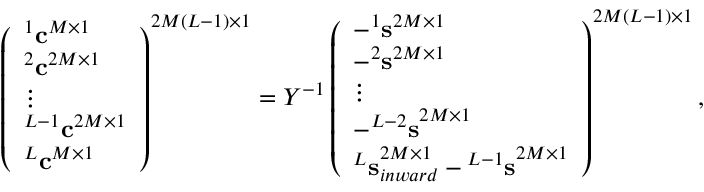
\begin{array} { r } { \left( \begin{array} { l } { ^ 1 { \bf c } ^ { M \times 1 } } \\ { ^ 2 { \bf c } ^ { 2 M \times 1 } } \\ { \vdots } \\ { ^ { L - 1 } { \bf c } ^ { 2 M \times 1 } } \\ { ^ { L } { \bf c } ^ { M \times 1 } } \end{array} \right) ^ { 2 M ( L - 1 ) \times 1 } = { \cal Y } ^ { - 1 } \left( \begin{array} { l } { - ^ { 1 } { \bf s } ^ { 2 M \times 1 } } \\ { - ^ { 2 } { \bf s } ^ { 2 M \times 1 } } \\ { \vdots } \\ { - { ^ { L - 2 } { \bf s } } ^ { 2 M \times 1 } } \\ { { ^ L { \bf s } } _ { i n w a r d } ^ { 2 M \times 1 } - { ^ { L - 1 } { \bf s } } ^ { 2 M \times 1 } } \end{array} \right) ^ { 2 M ( L - 1 ) \times 1 } , } \end{array}